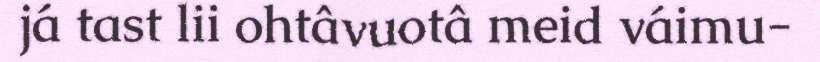
já tast lii ohtâvuotâ meid váimu-